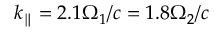
k _ { \parallel } = 2 . 1 \Omega _ { 1 } / c = 1 . 8 \Omega _ { 2 } / c